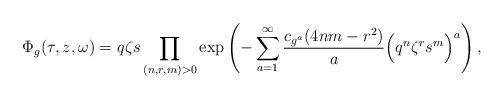
LaTeX: \begin{align*} \Phi_g(\tau,z,\omega) = q\zeta s \prod_{(n,r,m)>0}\exp\left( -\sum_{a=1}^\infty \frac{c_{g^a}(4nm-r^2)}{a} \Big(q^n\zeta^r s^m\Big)^a \right),\end{align*}